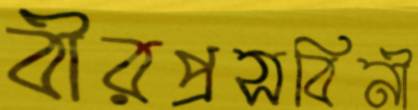
বীরপ্রসবিনী